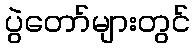
ပွဲတော်များတွင်